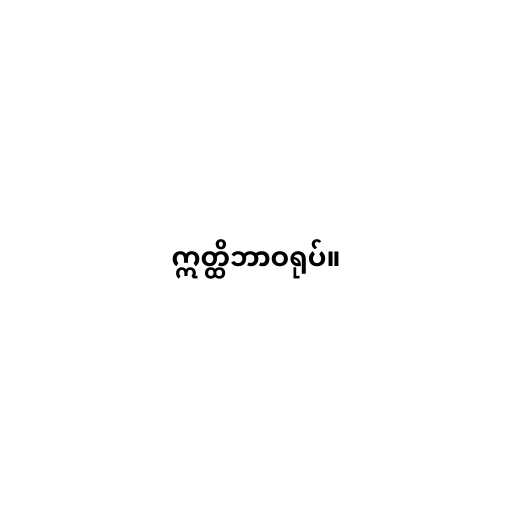
ဣတ္ထိဘာဝရုပ်။